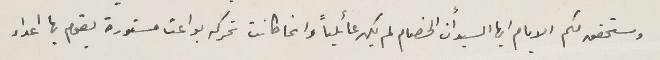
وستحقق لكم الايام ايها السيد أن الخصام لم يكن عائلياً وانما كانت تحركه بواعث مستورة يقوم بها اعداء